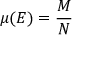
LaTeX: \mu ( { \cal E } ) = { \frac { M } { N } }